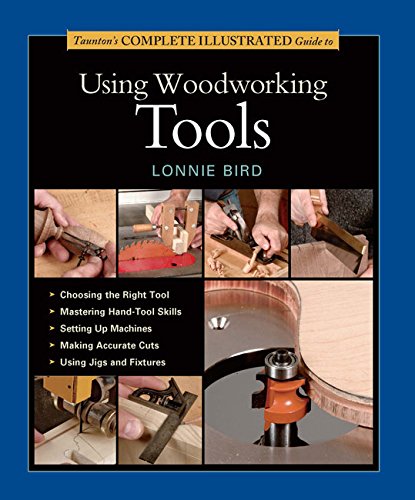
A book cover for Taunton's Complete Illustrated Guide to Using Woodworking Tools (Complete Illustrated Guides (Taunton)); Lonnie Bird; Crafts, Hobbies & Home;